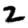
Digit: 2